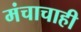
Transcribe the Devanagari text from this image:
मंचाचाही